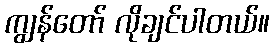
ကျွန်တော် လိုချင်ပါတယ်။